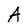
Character: A